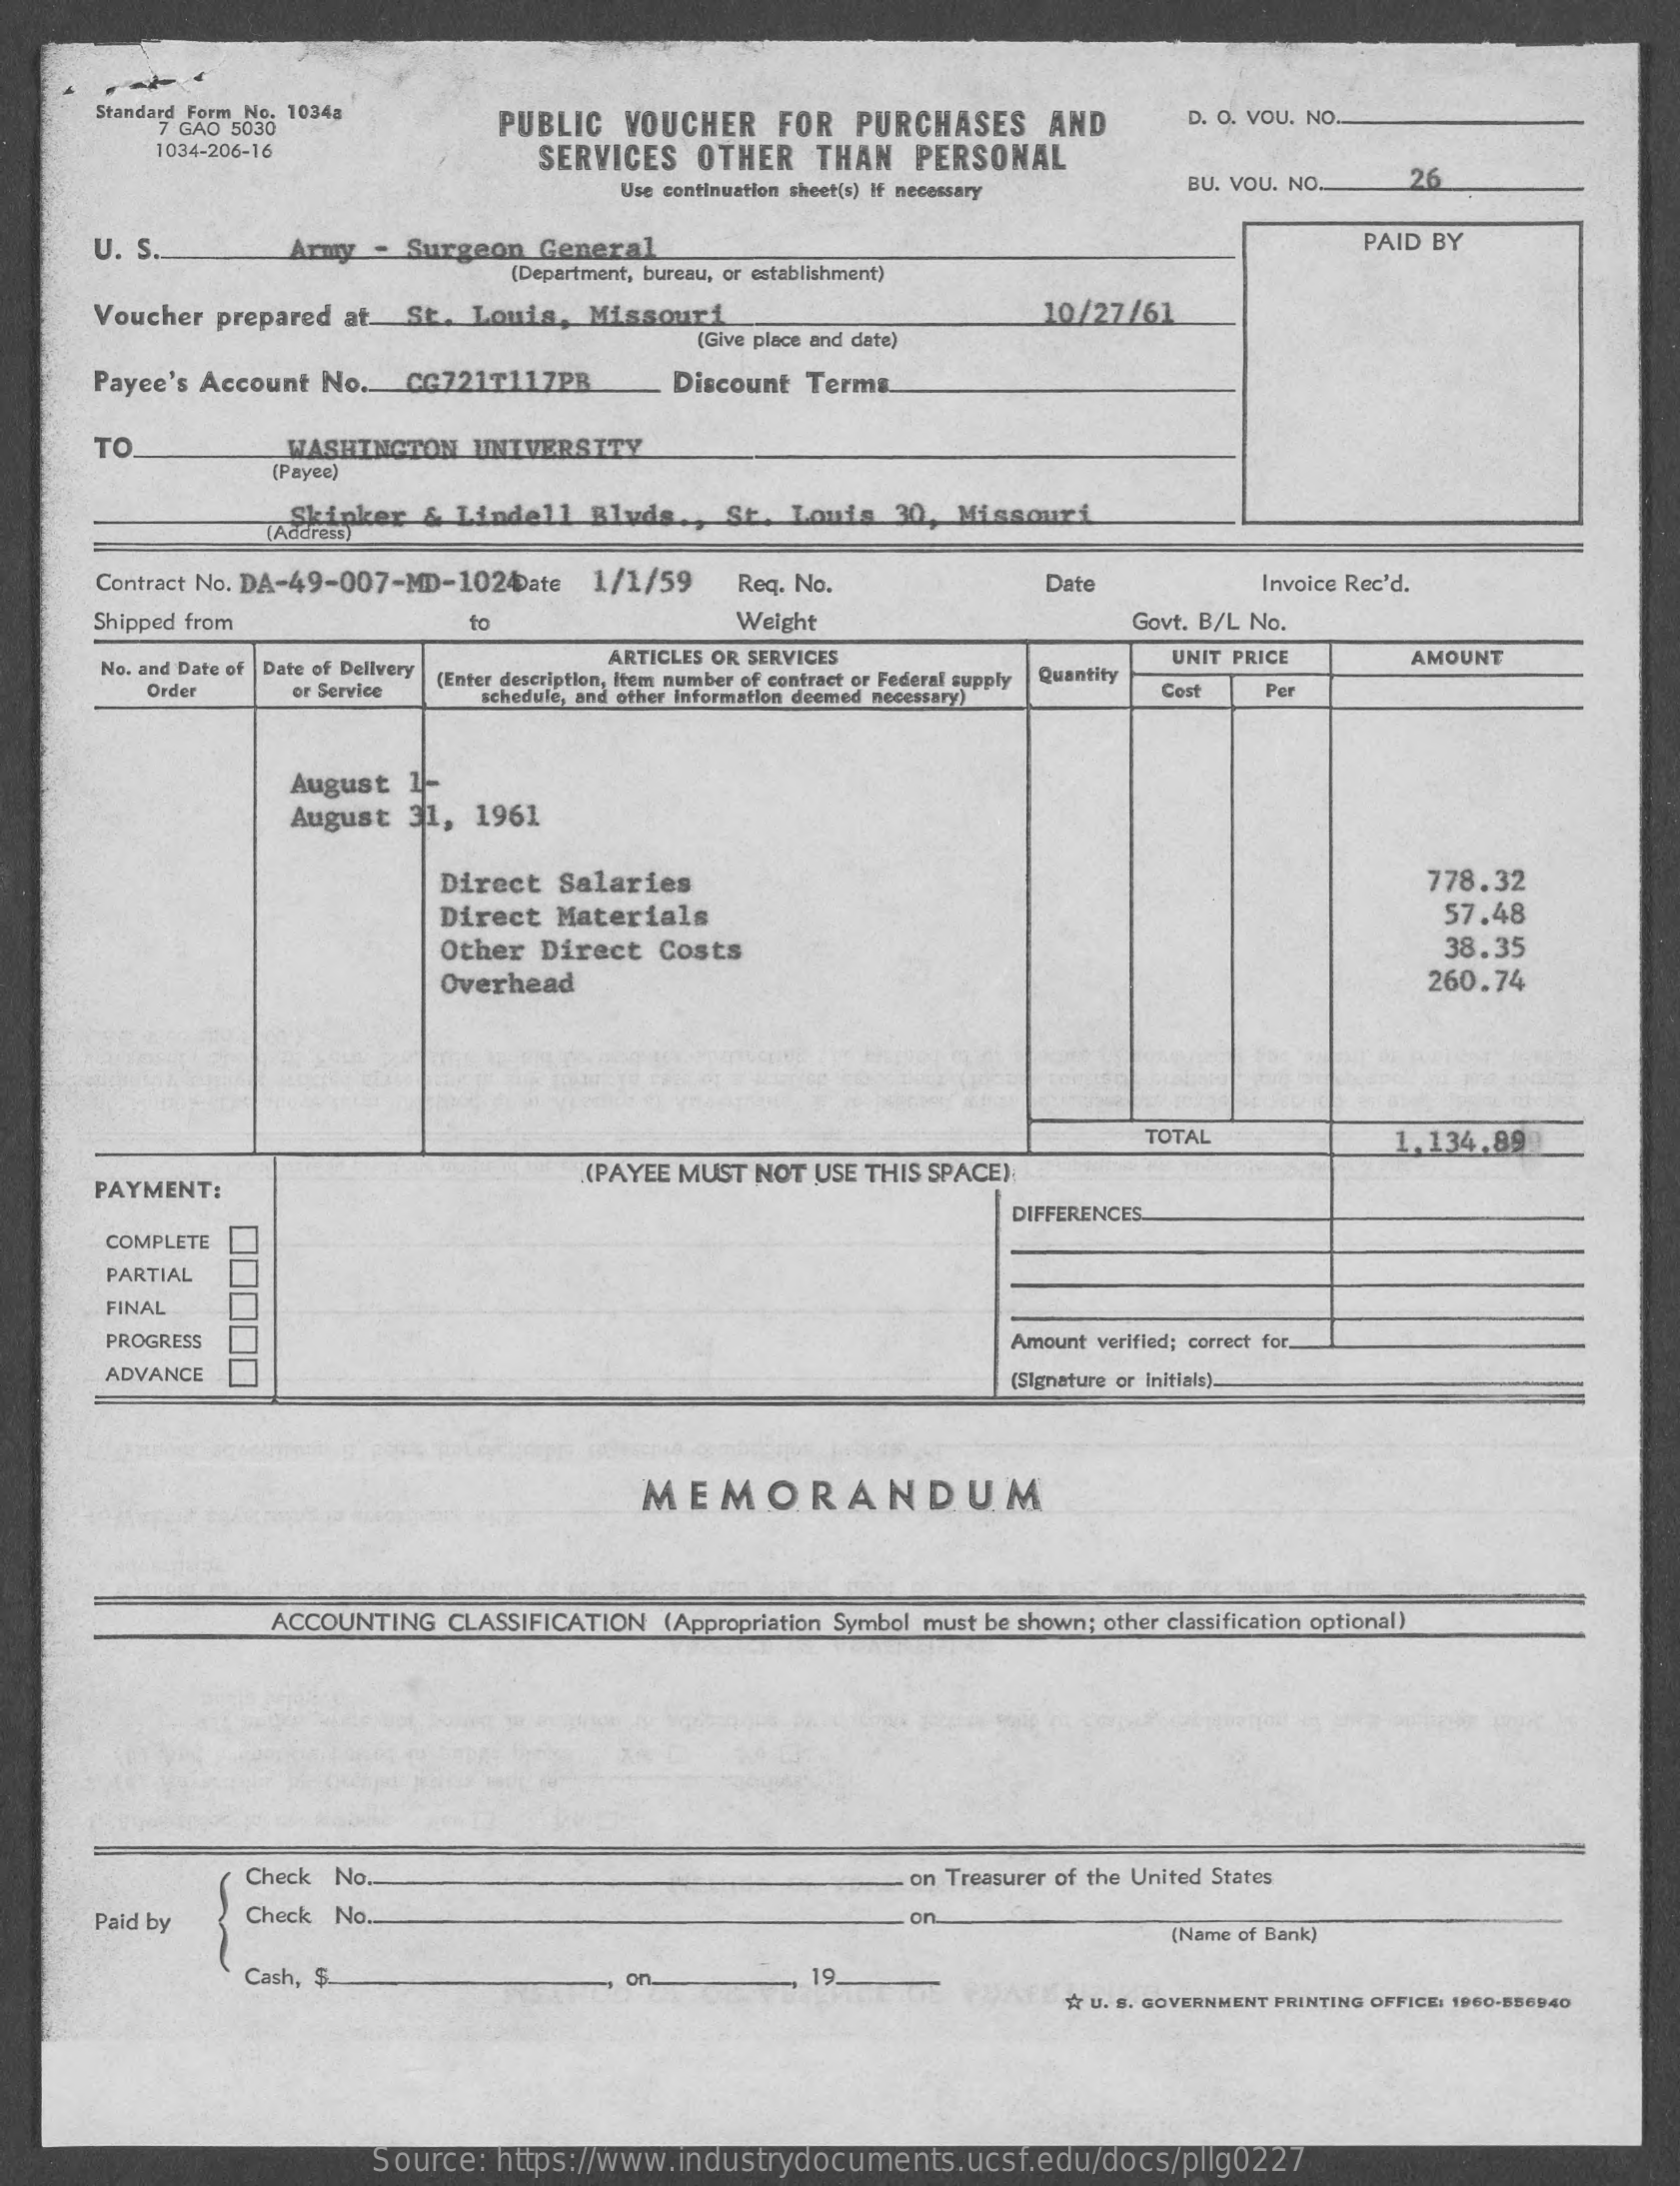
Standard Form No. 1034a
     7 GAO 5030    PUBLIC   VOUCHER    FOR   PURCHASES    AND    D. O. VOU. NO.
     1034-206-16    SERVICES   OTHER    THAN   PERSONAL
     Use continuation sheet(s) if necessary    BU. VOU. NO.    26
     U. S.    Army  - Surgeon   General    PAID BY
     (Department, bureau, or establishment)
     Voucher  prepared at.  St.  Louis,  Missouri    10/27/61
     (Give place and date)
     Payee's Account No.    CG721T117PR    Discount Terms
     TO    WASHINGTON    UNIVERSITY
     [Payee)
     (Address)
     ,Skinker  & Lindell   Blvds.  ,  St. Louis   30,  Missouri
     Contract No. DA-49-007-MD-1024ate   1/1/59    Req. No.    Date    Invoice Rec'd.
     Shipped from    fo    Weight    Govt. B/L No.
     No. and Date of Date of Delivery
     ARTICLES OR SERVICES
     (Enter description, item number of contract or Federal supply Quantity
     UNIT PRICE    AMOUNT
     Order    or Service    schedule, and other Information deemed necessary) Cost   Per
     August  1-
     August  31,  1961
     Direct  Salaries    778.32
     Direct  Materials    57.48
     Other  Direct  Costs    38.35
     Overhead    260.74
     TOTAL    1.134,89
     PAYMENT:
     .(PAYEE MUST NOT USE THIS SPACE)
     DIFFERENCES.
     COMPLETE
     PARTIAL
     FINAL
     100 PROGRESS    Amount verified; correct for.
     ADVANCE    (Signature or Initials).
     MEMORANDUM
     ACCOUNTING   CLASSIFICATION  (Appropriation Symbol must be shown; other classification optional)
     Check  No .-    on Treasurer of the United States
     Paid by    Check No ..    on
     (Name of Bank)
     Cash, $    on    19
     * U. S. GOVERNMENT PRINTING OFFICE: 1960-556940
     Source:  https://www.industrydocuments.ucsf.edu/docs/pllg0227